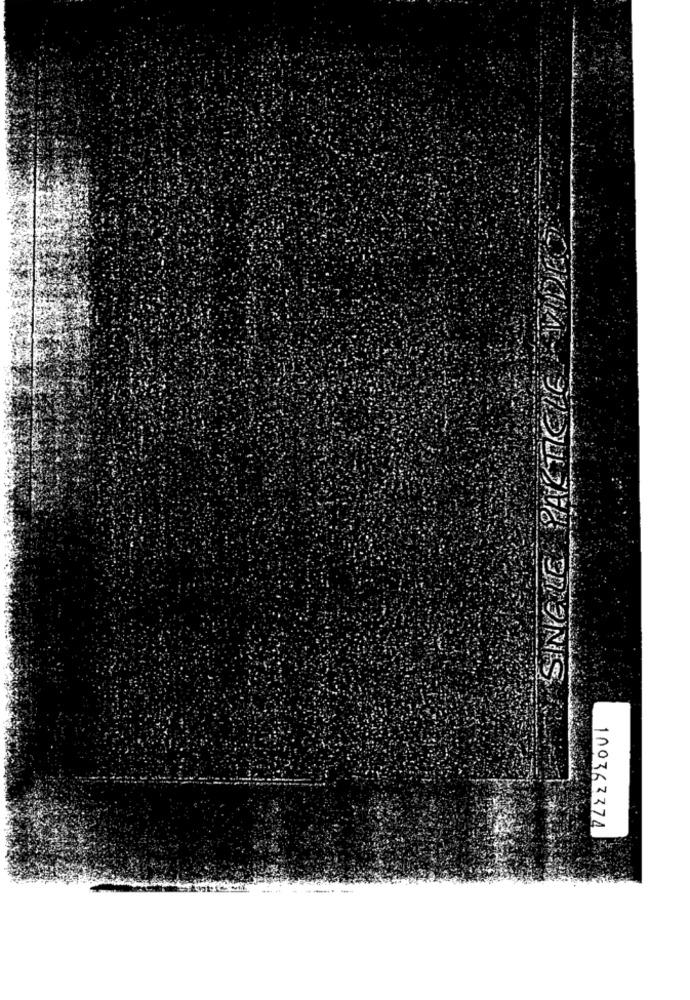
100363374